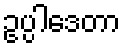
ဥပ္ပါဒေတာ